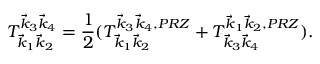
T _ { \vec { k } _ { 1 } \vec { k } _ { 2 } } ^ { \vec { k } _ { 3 } \vec { k } _ { 4 } } = \frac { 1 } { 2 } ( T _ { \vec { k } _ { 1 } \vec { k } _ { 2 } } ^ { \vec { k } _ { 3 } \vec { k } _ { 4 } , { P R Z } } + T _ { \vec { k } _ { 3 } \vec { k } _ { 4 } } ^ { \vec { k } _ { 1 } \vec { k } _ { 2 } , { P R Z } } ) .